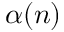
\alpha ( n )